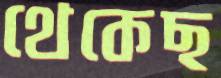
থেকেছ